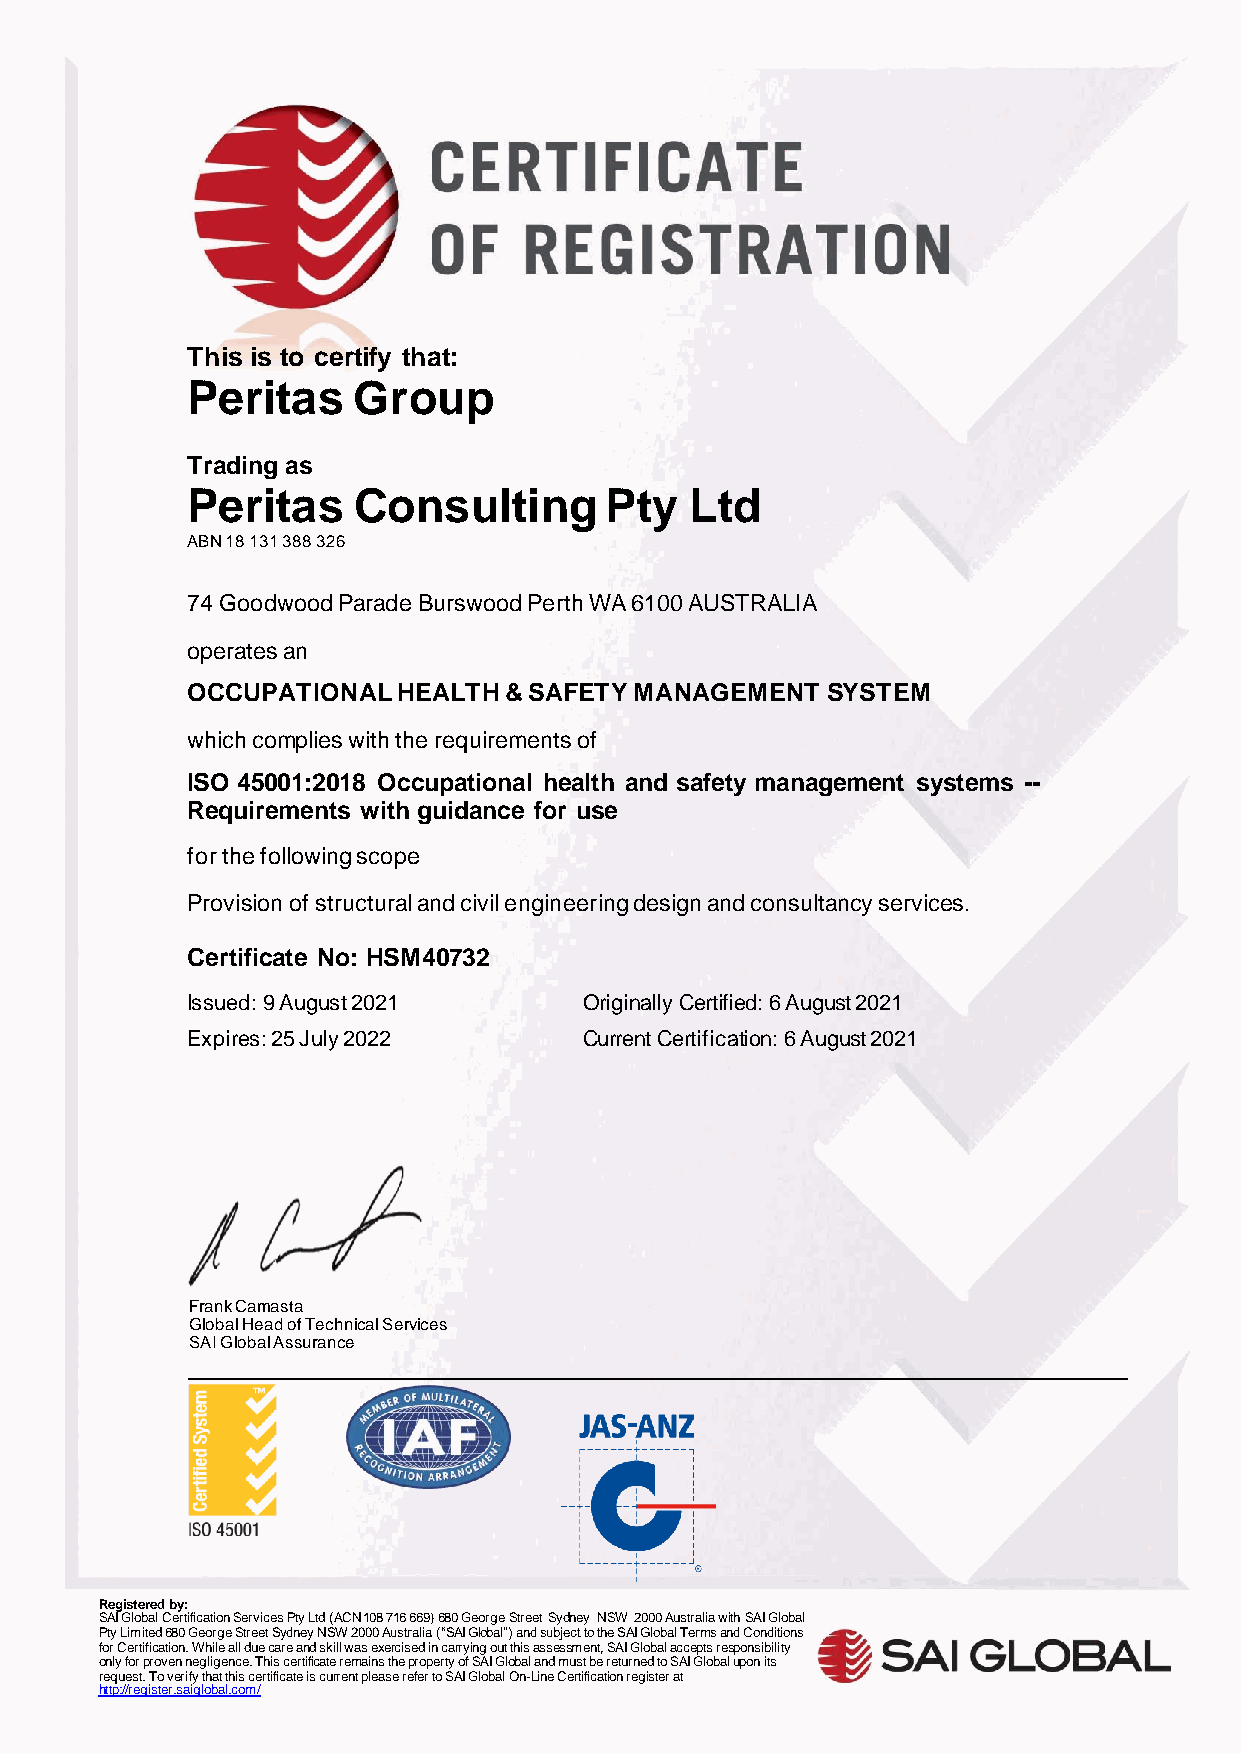
This is to certify that:
 Peritas    Group
 Trading as
 Peritas    Consulting       Pty   Ltd
 ABN 18 131 388 326
 74 Goodwood Parade Burswood Perth WA 6100 AUSTRALIA
 operates an
 OCCUPATIONAL  HEALTH & SAFETY MANAGEMENT   SYSTEM
 which complies with the requirements of
 ISO 45001:2018 Occupational health and safety management systems --
 Requirements with guidance for use
 for the following scope
 Provision of structural and civil engineering design and consultancy services.
 Certificate No: HSM40732
 Issued: 9 August 2021      Originally Certified: 6 August 2021
 Expires: 25 July 2022      Current Certification: 6 August 2021
 Frank Camasta
 Global Head of Technical Services
 SAI Global Assurance
 Registered by:
 SAI Global Certification Services Pty Ltd (ACN 108 716 669) 680 George Street Sydney NSW 2000 Australia with SAI Global
 Pty Limited 680 George Street Sydney NSW 2000 Australia (“SAI Global”) and subject to the SAI Global Terms and Conditions
 for Certification. While all due care and skill was exercised in carrying out this assessment, SAI Global accepts responsibility
 only for proven negligence. This certificate remains the property of SAI Global and must be returned to SAI Global upon its
 request. To verify that this certificate is current please refer to SAI Global On-Line Certification register at
 http://register.saiglobal.com/